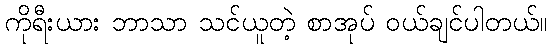
ကိုရီးယား ဘာသာ သင်ယူတဲ့ စာအုပ် ဝယ်ချင်ပါတယ်။